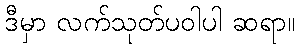
ဒီမှာ လက်သုတ်ပဝါပါ ဆရာ။